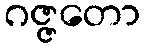
ဂဇ္ဇတော